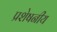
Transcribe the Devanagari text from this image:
प्रशेषनीय